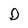
Character: D